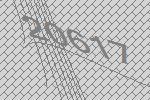
20617